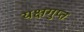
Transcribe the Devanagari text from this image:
यक्षगुप्त